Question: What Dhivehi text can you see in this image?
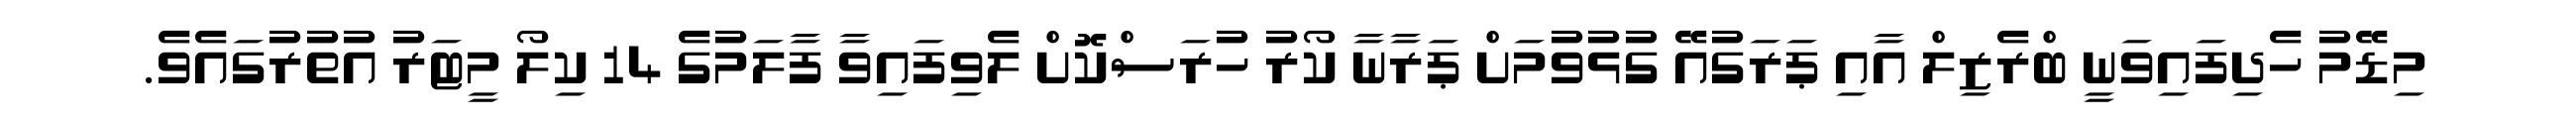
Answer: މިޑޭމު ހެދިފައިވަނީ ބްރެޒިލް އާއި ޕަރަގުއޭ ގުޅުވުމަށް ޕަރާނާ ކޯރު ހުރަސްކޮށް ލެވިފައިވާ ފާލަމުގެ 14 ކިލޯ މީޓަރު އުތުރުގައެވެ.